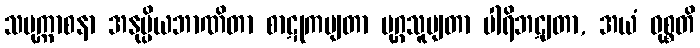
သမုက္ကာစနာ အနုပ္ပိယဘာဏိတာ စာဋုကမျတာ မုဂ္ဂသူပျတာ ပါရိဘဋျတာ, အယံ ဝုစ္စတိ